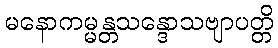
မနောကမ္မန္တသန္ဒောသဗျာပတ္တိ